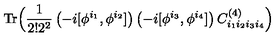
\mathrm { T r } \Big ( { \frac { 1 } { 2 ! 2 ^ { 2 } } } \left( - i [ \phi ^ { i _ { 1 } } , \phi ^ { i _ { 2 } } ] \right) \left( - i [ \phi ^ { i _ { 3 } } , \phi ^ { i _ { 4 } } ] \right) C _ { i _ { 1 } i _ { 2 } i _ { 3 } i _ { 4 } } ^ { ( 4 ) } \Big )